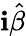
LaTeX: \mathbf{i}\hat{{\beta}}